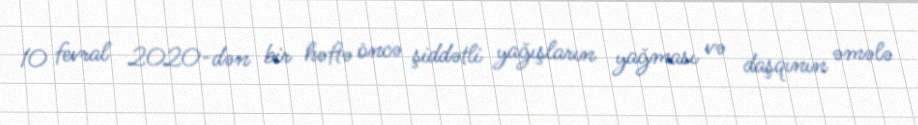
10 fevral 2020-dən bir həftə öncə şiddətli yağışların yağması və daşqının əmələ